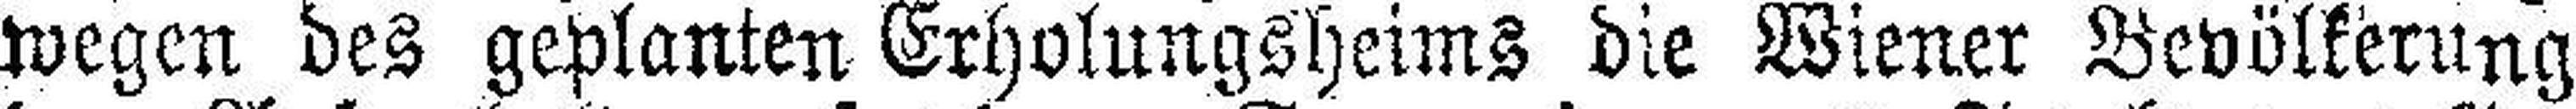
wegen des geplanten Erholungsheims die Wiener Bevölkerung